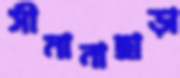
সীমানাছাড়া